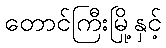
တောင်ကြီးမြို့နှင့်